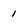
Character: i